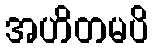
အဟိတမပိ